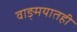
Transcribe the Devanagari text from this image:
वाङ्‌मयातही